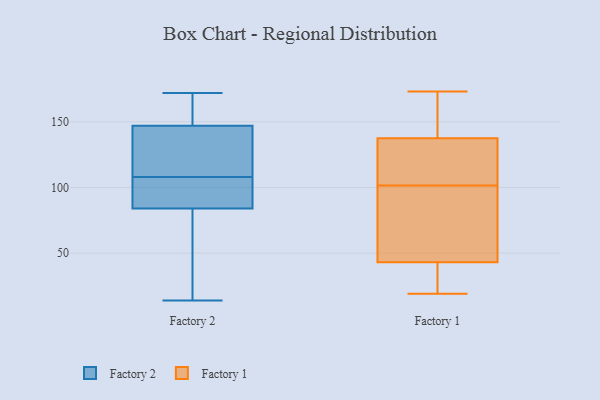
{"axis": {"x": "Customer Acquisition Cost (USD)", "y": "Value"}, "legend": ["Factory 1", "Factory 2"], "data": [{"x": "", "y": 109, "type": "Factory 2"}, {"x": "", "y": 84, "type": "Factory 2"}, {"x": "", "y": 66, "type": "Factory 2"}, {"x": "", "y": 107, "type": "Factory 2"}, {"x": "", "y": 104, "type": "Factory 2"}, {"x": "", "y": 139, "type": "Factory 2"}, {"x": "", "y": 155, "type": "Factory 2"}, {"x": "", "y": 144, "type": "Factory 2"}, {"x": "", "y": 14, "type": "Factory 2"}, {"x": "", "y": 88, "type": "Factory 2"}, {"x": "", "y": 79, "type": "Factory 2"}, {"x": "", "y": 147, "type": "Factory 2"}, {"x": "", "y": 122, "type": "Factory 2"}, {"x": "", "y": 92, "type": "Factory 2"}, {"x": "", "y": 166, "type": "Factory 2"}, {"x": "", "y": 58, "type": "Factory 2"}, {"x": "", "y": 168, "type": "Factory 2"}, {"x": "", "y": 172, "type": "Factory 2"}, {"x": "", "y": 67, "type": "Factory 1"}, {"x": "", "y": 29, "type": "Factory 1"}, {"x": "", "y": 96, "type": "Factory 1"}, {"x": "", "y": 107, "type": "Factory 1"}, {"x": "", "y": 156, "type": "Factory 1"}, {"x": "", "y": 162, "type": "Factory 1"}, {"x": "", "y": 76, "type": "Factory 1"}, {"x": "", "y": 160, "type": "Factory 1"}, {"x": "", "y": 43, "type": "Factory 1"}, {"x": "", "y": 117, "type": "Factory 1"}, {"x": "", "y": 143, "type": "Factory 1"}, {"x": "", "y": 42, "type": "Factory 1"}, {"x": "", "y": 51, "type": "Factory 1"}, {"x": "", "y": 173, "type": "Factory 1"}, {"x": "", "y": 121, "type": "Factory 1"}, {"x": "", "y": 21, "type": "Factory 1"}, {"x": "", "y": 132, "type": "Factory 1"}, {"x": "", "y": 109, "type": "Factory 1"}, {"x": "", "y": 19, "type": "Factory 1"}, {"x": "", "y": 43, "type": "Factory 1"}]}